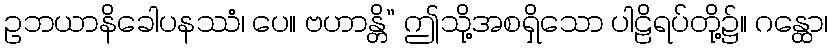
ဥဘယာနိခေါပနဿံ၊ ပေ။ ဗဟာန္တိ” ဤသို့အစရှိသော ပါဠိရပ်တို့၌။ ဂန္ထော၊